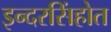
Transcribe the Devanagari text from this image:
इन्दरसिंहोत